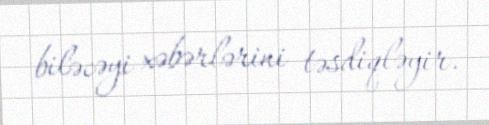
biləcəyi xəbərlərini təsdiqləyir.